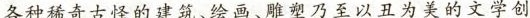
各种稀奇古怪的建筑、绘画、雕塑乃至以丑为美的文学创